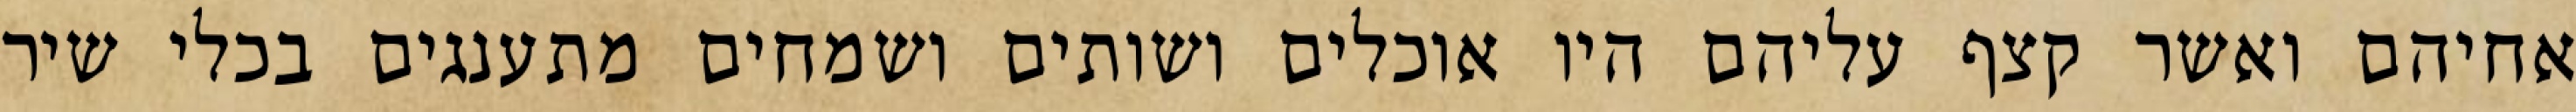
אחיהם ואשר קצף עליהם היו אוכלים ושותים ושמחים מתענגים בכלי שיר